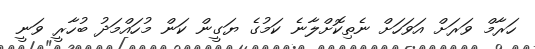
ހަރާމް ވަރަށް އަވަހަށް ނެތިކޮށްލާނެ ކަމުގެ ޔަގީން ކަން މުހައްމަދު ބުހާރީ ވަނީ